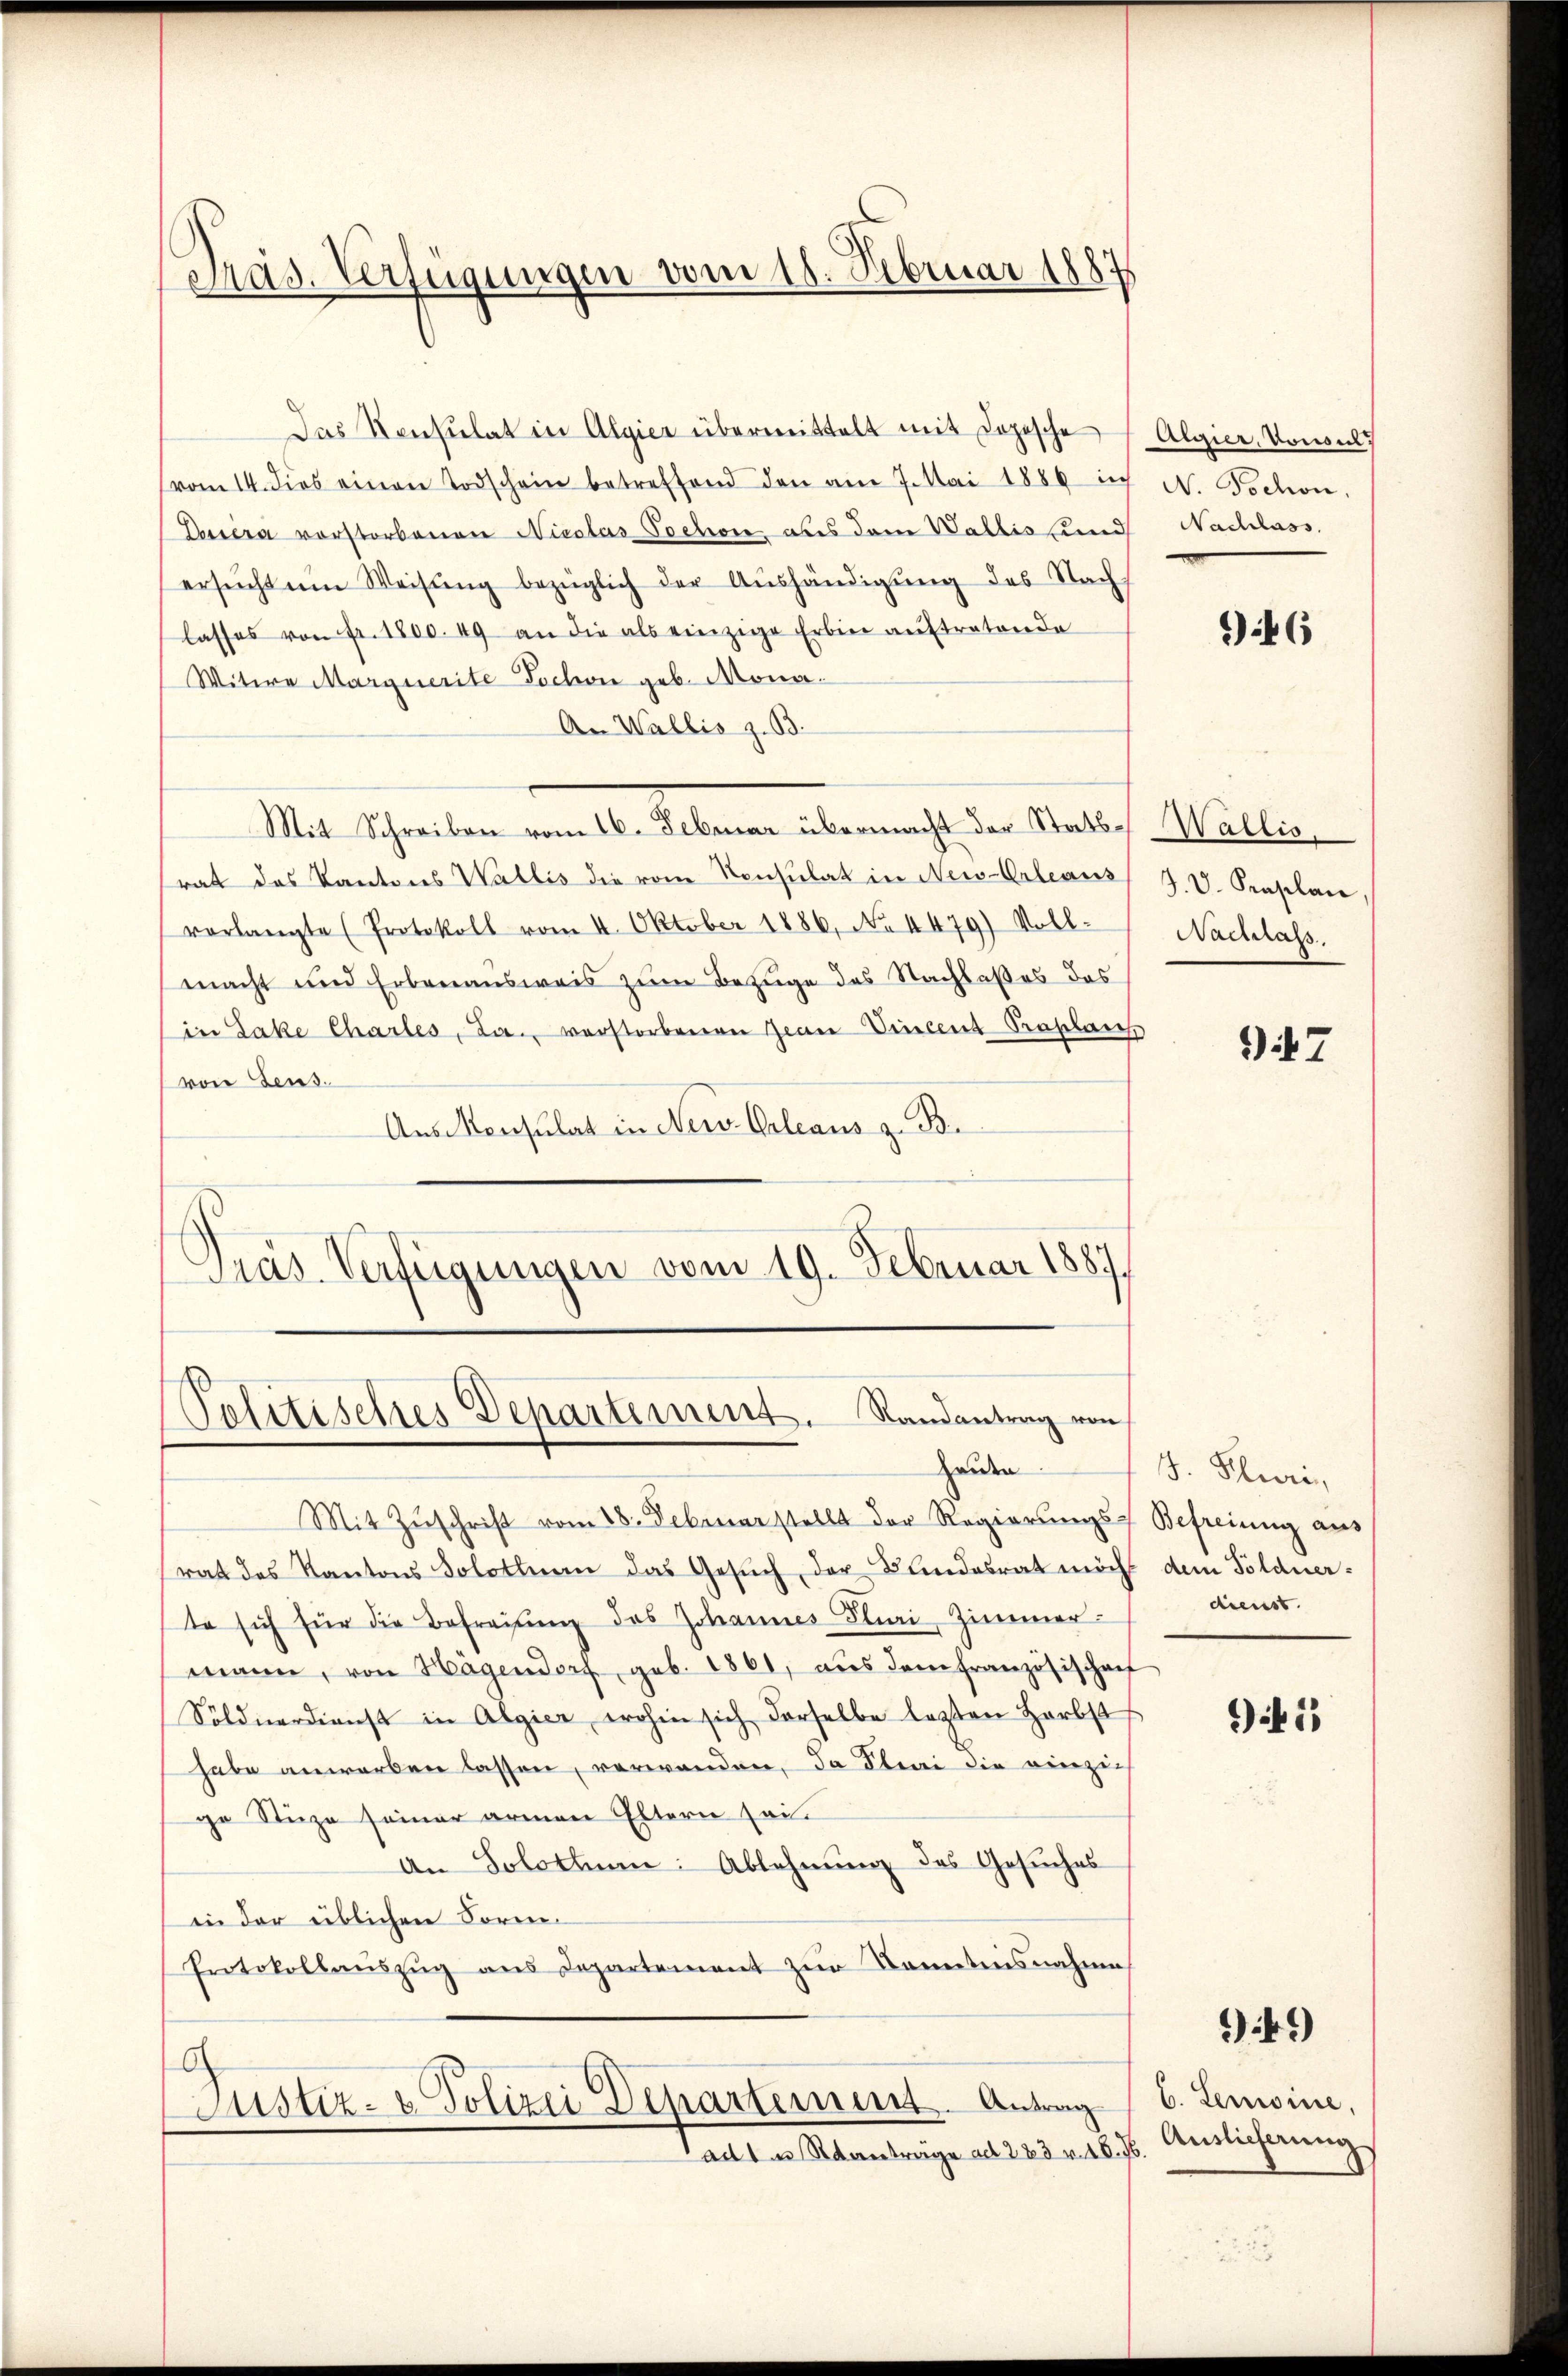
Pras. Verfügungen vom 18. Februar
8

Das Konsulat in Algier übermittelt mit dopische   Algier-Konsul
(vom 14. dies einen Todschein betreffend den am 7. Mai 1889 in N. Tochon,
Dessera vorstorbenen Nieslas Pochon aus dem Wallis und Nachlass
ersŭcht um Weisŭng bezüglich der Aŭshändigŭng des Nach-
lasses von Fr. 1800. 49 an die als einzige Erben auftretende
Witwe Marquerite Tochon geb. Mona¬
An Wallis z. B.
Mit Schreiben vom 16. Februar übermacht der Stats-Wallis.
rat das Kantons Wallis die vom Konsulat in New-Orleans J. V. Peaplan
vorlangte (Protokoll vom 4. Oktober 1886, No 4479) Voll-
macht und Erbenausweis zum Bezuge des Nachlaßes des
in Lake Chartes, Ja. verstorbenen Jean Vincent Preslaus
von Feus.
Aus Monsulat in New-Orleaus z. B.
d
Pras. Verfügungen vom 19. Februar 1887.

Pelitisettes Departement. Randantrag von
Heiden

Mit Zuschrift vom 28. Februar stellt der Regierungs- Befreiung aus
rat des Kantons Solothurn das Gesŭch der Bandesrat möch
te sich für die Befreihung des Johannes Plini, Zimmer-
mann, von Hagendorf, geb. 1861, aus dem Französischaf
Söldnerdienst in Algier, wohin sich derselbe lezten Herbst
habe anwerben lassen, verwanden, da Klini die einzich
ge Stuze seiner armen Eltern sei
An Solothum: Ablehnung des Gesuches
in der üblichen Form
Protokollauszug aus Departement zur Kenntnisnahme
G
Justiz- & Polizei Departement. Antrag
adt u Reanträge ad 283 v. 16. J

96

Nachlass

947

J. Pluri,
dem Toldner-
dienst.

1

949)

b. Lemoine,
Auslieferung